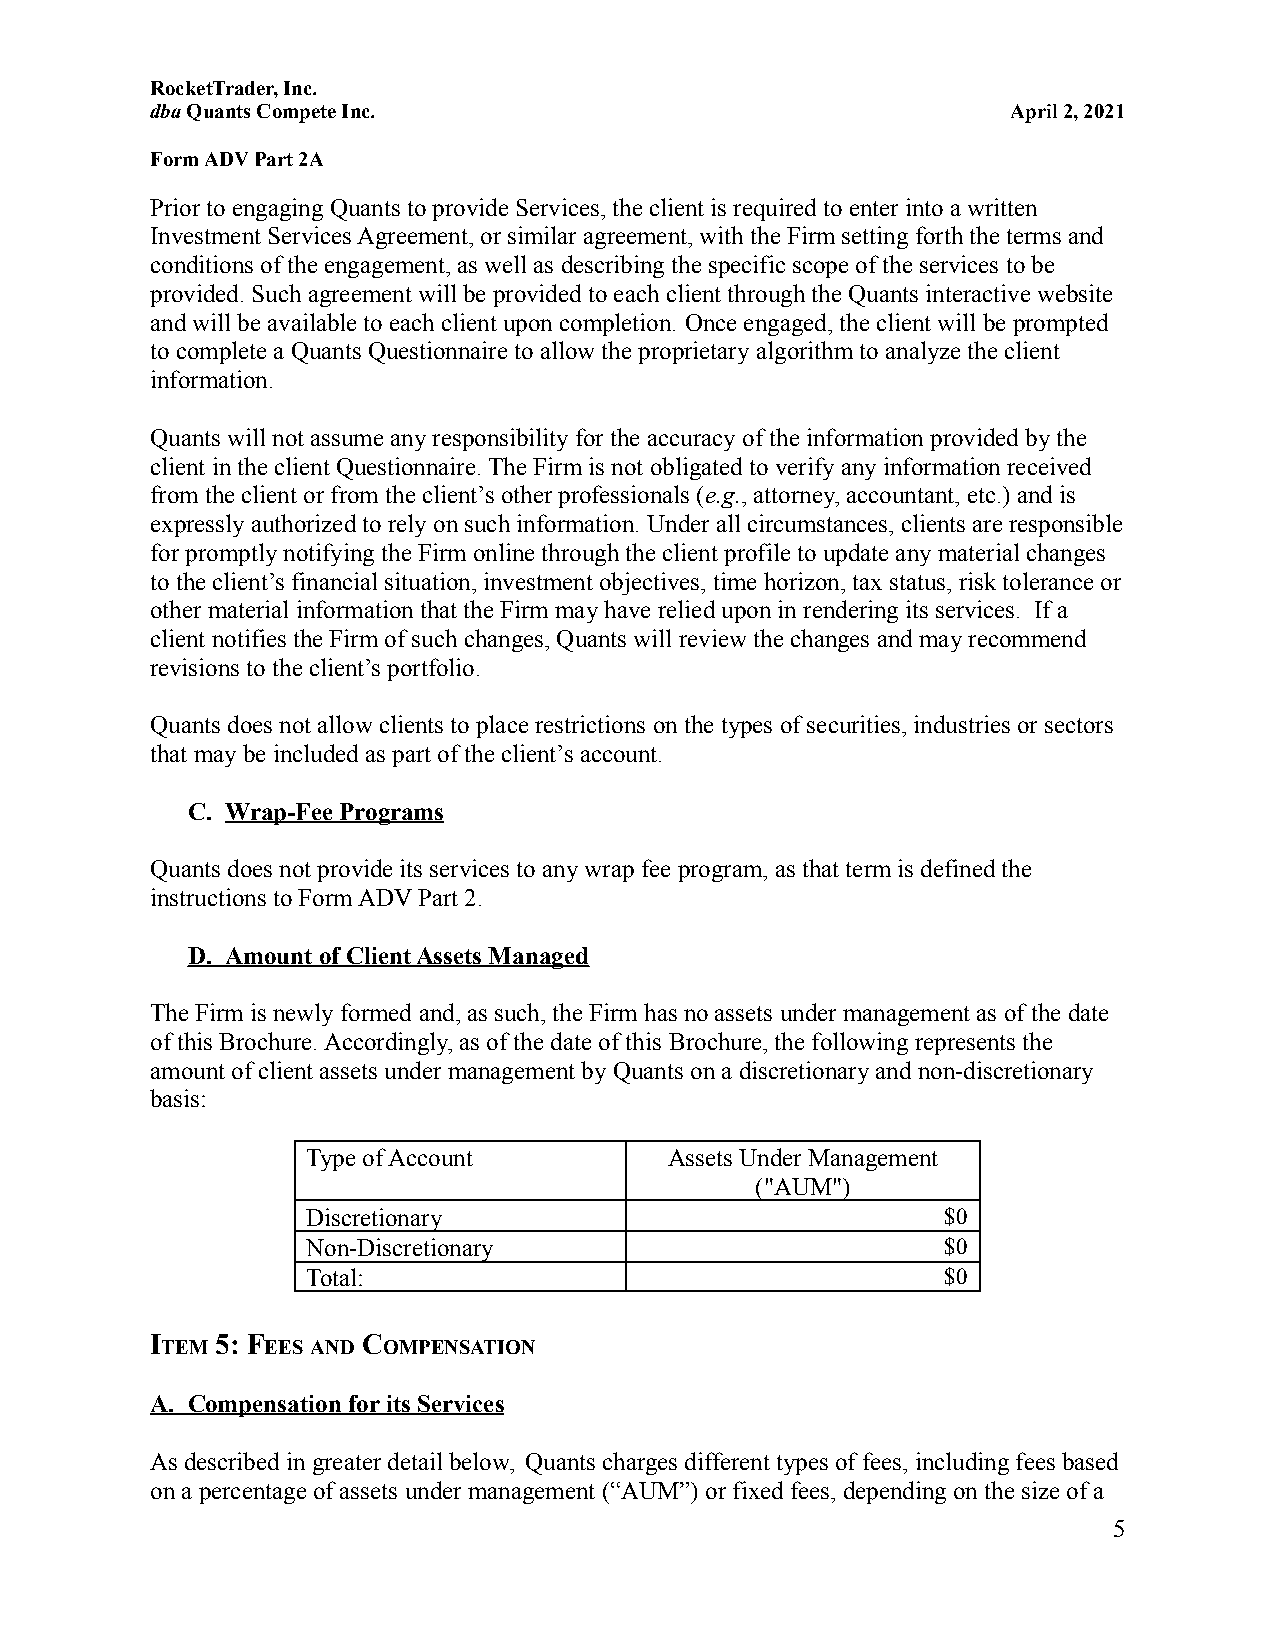
RocketTrader, Inc.
 dbaQuants Compete Inc.                                   April 2, 2021
 Form ADV Part 2A
 Prior to engaging Quants to provide Services, the client is required to enter into a written
 Investment Services Agreement, or similar agreement, with the Firm setting forth the terms and
 conditions of the engagement, as well as describingthe specific scope of the services to be
 provided. Such agreement will be provided to each client through the Quants interactive website
 and will be available to each client upon completion. Once engaged, the client will be prompted
 to complete a Quants Questionnaire to allow the proprietaryalgorithm to analyze the client
 information.
 Quants will not assume any responsibility for the accuracy of the information provided by the
 client in the client Questionnaire. The Firm is not obligated to verify any information received
 from the client or from the client’s other professionals(e.g., attorney, accountant, etc.) and is
 expressly authorized to rely on such information. Under all circumstances, clients are responsible
 for promptly notifying the Firm online through the client profile to update any material changes
 to the client’s financial situation, investment objectives, time horizon, tax status, risk tolerance or
 other material information that the Firm may have relied upon in rendering its services. If a
 client notifies the Firm of such changes, Quants willreview the changes and may recommend
 revisions to the client’s portfolio.
 Quants does not allow clients to place restrictions on the types of securities, industries or sectors
 that may be included as part of the client’s account.
 C. Wrap-Fee Programs
 Quants does not provide its services to any wrap feeprogram, as that term is defined the
 instructions to Form ADV Part 2.
 D. Amount of Client Assets Managed
 The Firm is newly formed and, as such, the Firm hasno assets under management as of the date
 of this Brochure. Accordingly, as of the date of this Brochure, the following represents the
 amount of client assets under management by Quantson a discretionary and non-discretionary
 basis:
 Type of Account         Assets Under Management
 ("AUM")
 Discretionary                              $0
 Non-Discretionary                          $0
 Total:                                     $0
 I   5: F      C
 TEM    EES AND OMPENSATION
 A. Compensation for its Services
 As described in greater detail below, Quants charges different types of fees, including fees based
 on a percentage of assets under management (“AUM”)or fixed fees, depending on the size of a
 5